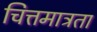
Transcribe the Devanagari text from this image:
चित्तमात्रता